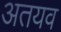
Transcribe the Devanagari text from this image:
अतयव